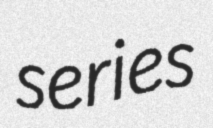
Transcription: series